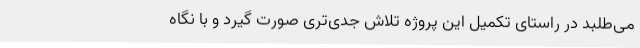
می‌طلبد در راستای تکمیل این‌ پروژه تلاش جدی‌تری صورت گیرد و با نگاه